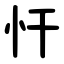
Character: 忓